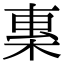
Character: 𣕏